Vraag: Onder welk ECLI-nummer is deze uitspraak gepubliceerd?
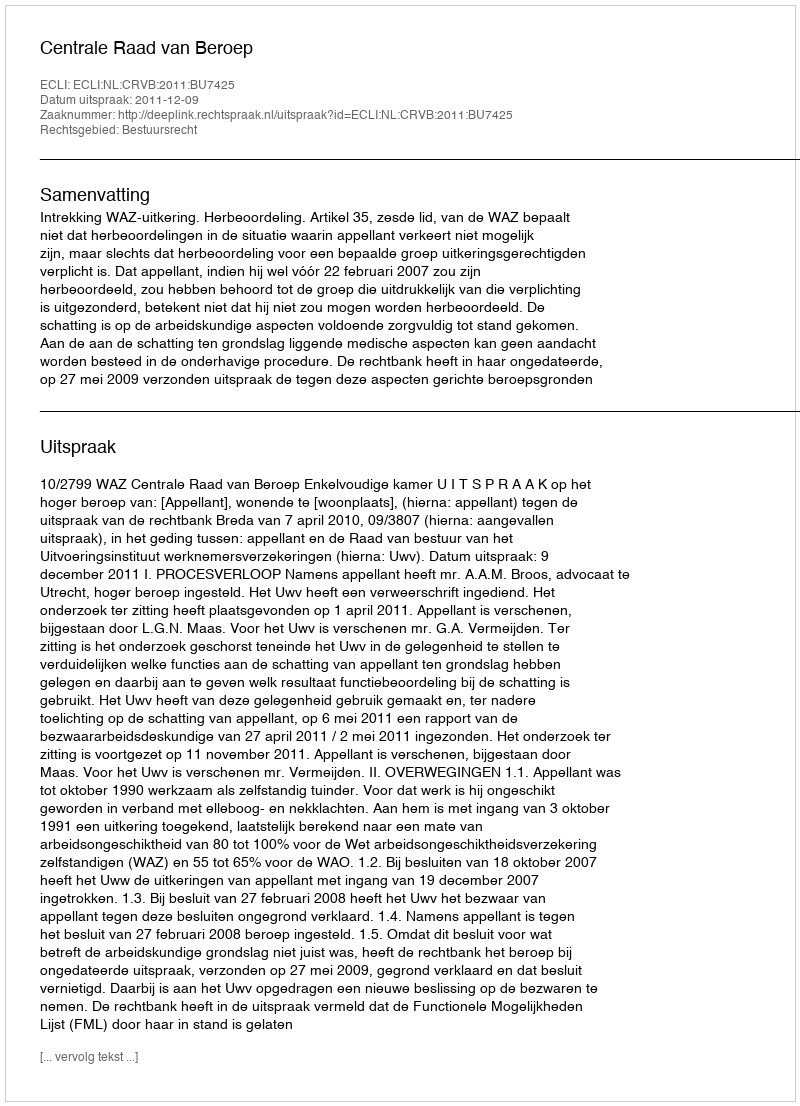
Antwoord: ECLI:NL:CRVB:2011:BU7425